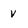
Character: v